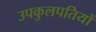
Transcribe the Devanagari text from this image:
उपकुलपतियों